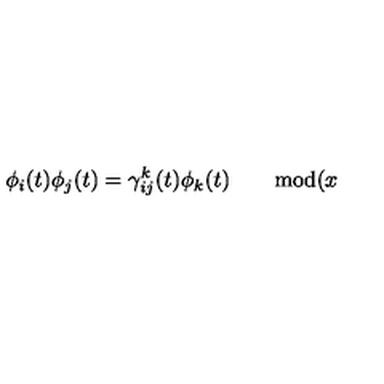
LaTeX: \phi _ { i } ( t ) \phi _ { j } ( t ) = \gamma _ { i j } ^ { k } ( t ) \phi _ { k } ( t ) \qquad \mathrm { m o d } ( x